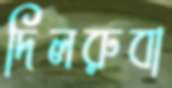
দিলরুবা